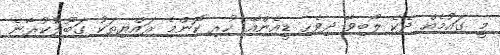
މީ ގައުމެއް ދެކެ ލޯބިވާ ދިވެހި ޑީއެންއޭ ހުރި ކޮންމެ ރައްޔިތަކު ގަބޫލުކުރާނެ